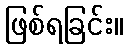
ဖြစ်ရခြင်း။